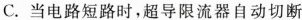
C.当电路短路时，超导限流器自动切断